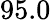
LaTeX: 95.0